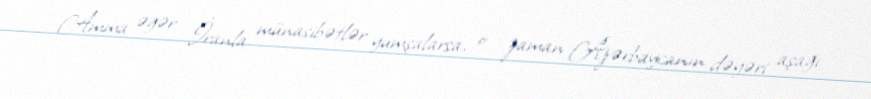
Amma əgər İranla münasibətlər yumşalarsa, o zaman Azərbaycanın dəyəri aşağı